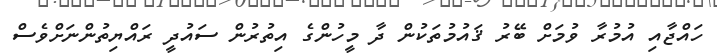
ހައްޖާއި އުމުރާ ވުމަށް ބޭރު ޤައުމުތަކުން ދާ މީހުންގެ އިތުރުން ސައުދީ ރައްޔިތުންނަށްވެސް